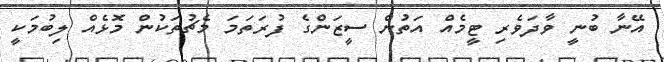
އޭނާ ބުނީ ވާދަވެރި ޓީމެއް އަތުން ސީޒަންގެ ފުރަތަމަ މެޗުތަކުން މޮޅެއް ލިބުމަކީ